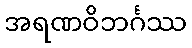
အရဏဝိဘင်္ဂဿ